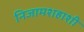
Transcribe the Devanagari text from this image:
निजामशहाशी